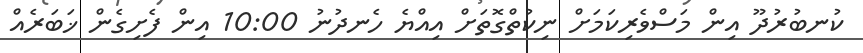
ކުނބުރުދޫ އިން މަސްވެރިކަމަށް ނިކުތްގޮތަށް އިއްޔެ ހެނދުނު 10:00 އިން ފެށިގެން ޚަބަރެއް